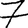
Digit: 7